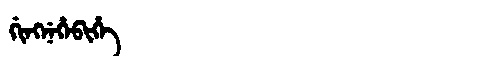
Manchu: ᡤᡳᠩᠨᡝᡥᡝᠪᡳᡥᡝ
Romanization: GINGNEHEBIHE